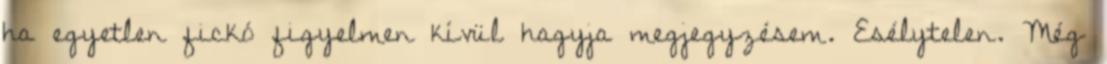
ha egyetlen fickó figyelmen kívül hagyja megjegyzésem. Esélytelen. Még